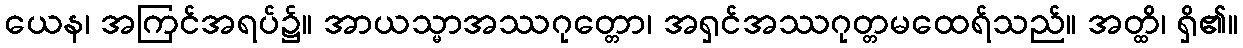
ယေန၊ အကြင်အရပ်၌။ အာယသ္မာအဿဂုတ္တော၊ အရှင်အဿဂုတ္တမထေရ်သည်။ အတ္ထိ၊ ရှိ၏။